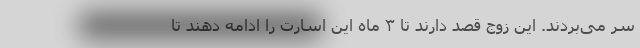
سر می‌بردند. این زوج قصد دارند تا ۳ ماه این اسارت را ادامه دهند تا